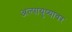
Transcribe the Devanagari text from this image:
अल्पायुष्यावर